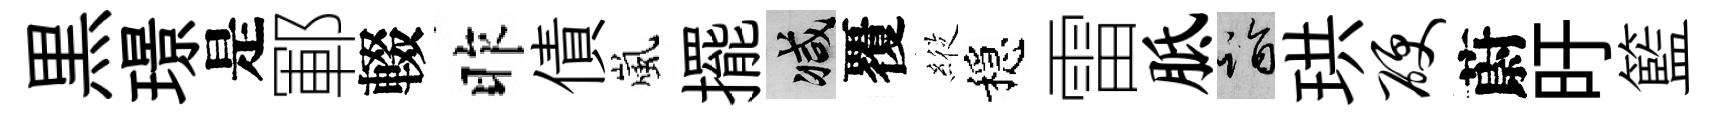
黒璟是鄆輟昨債嵐擺减覆𦂵穩雷胝诣珙硬蔚旴籃